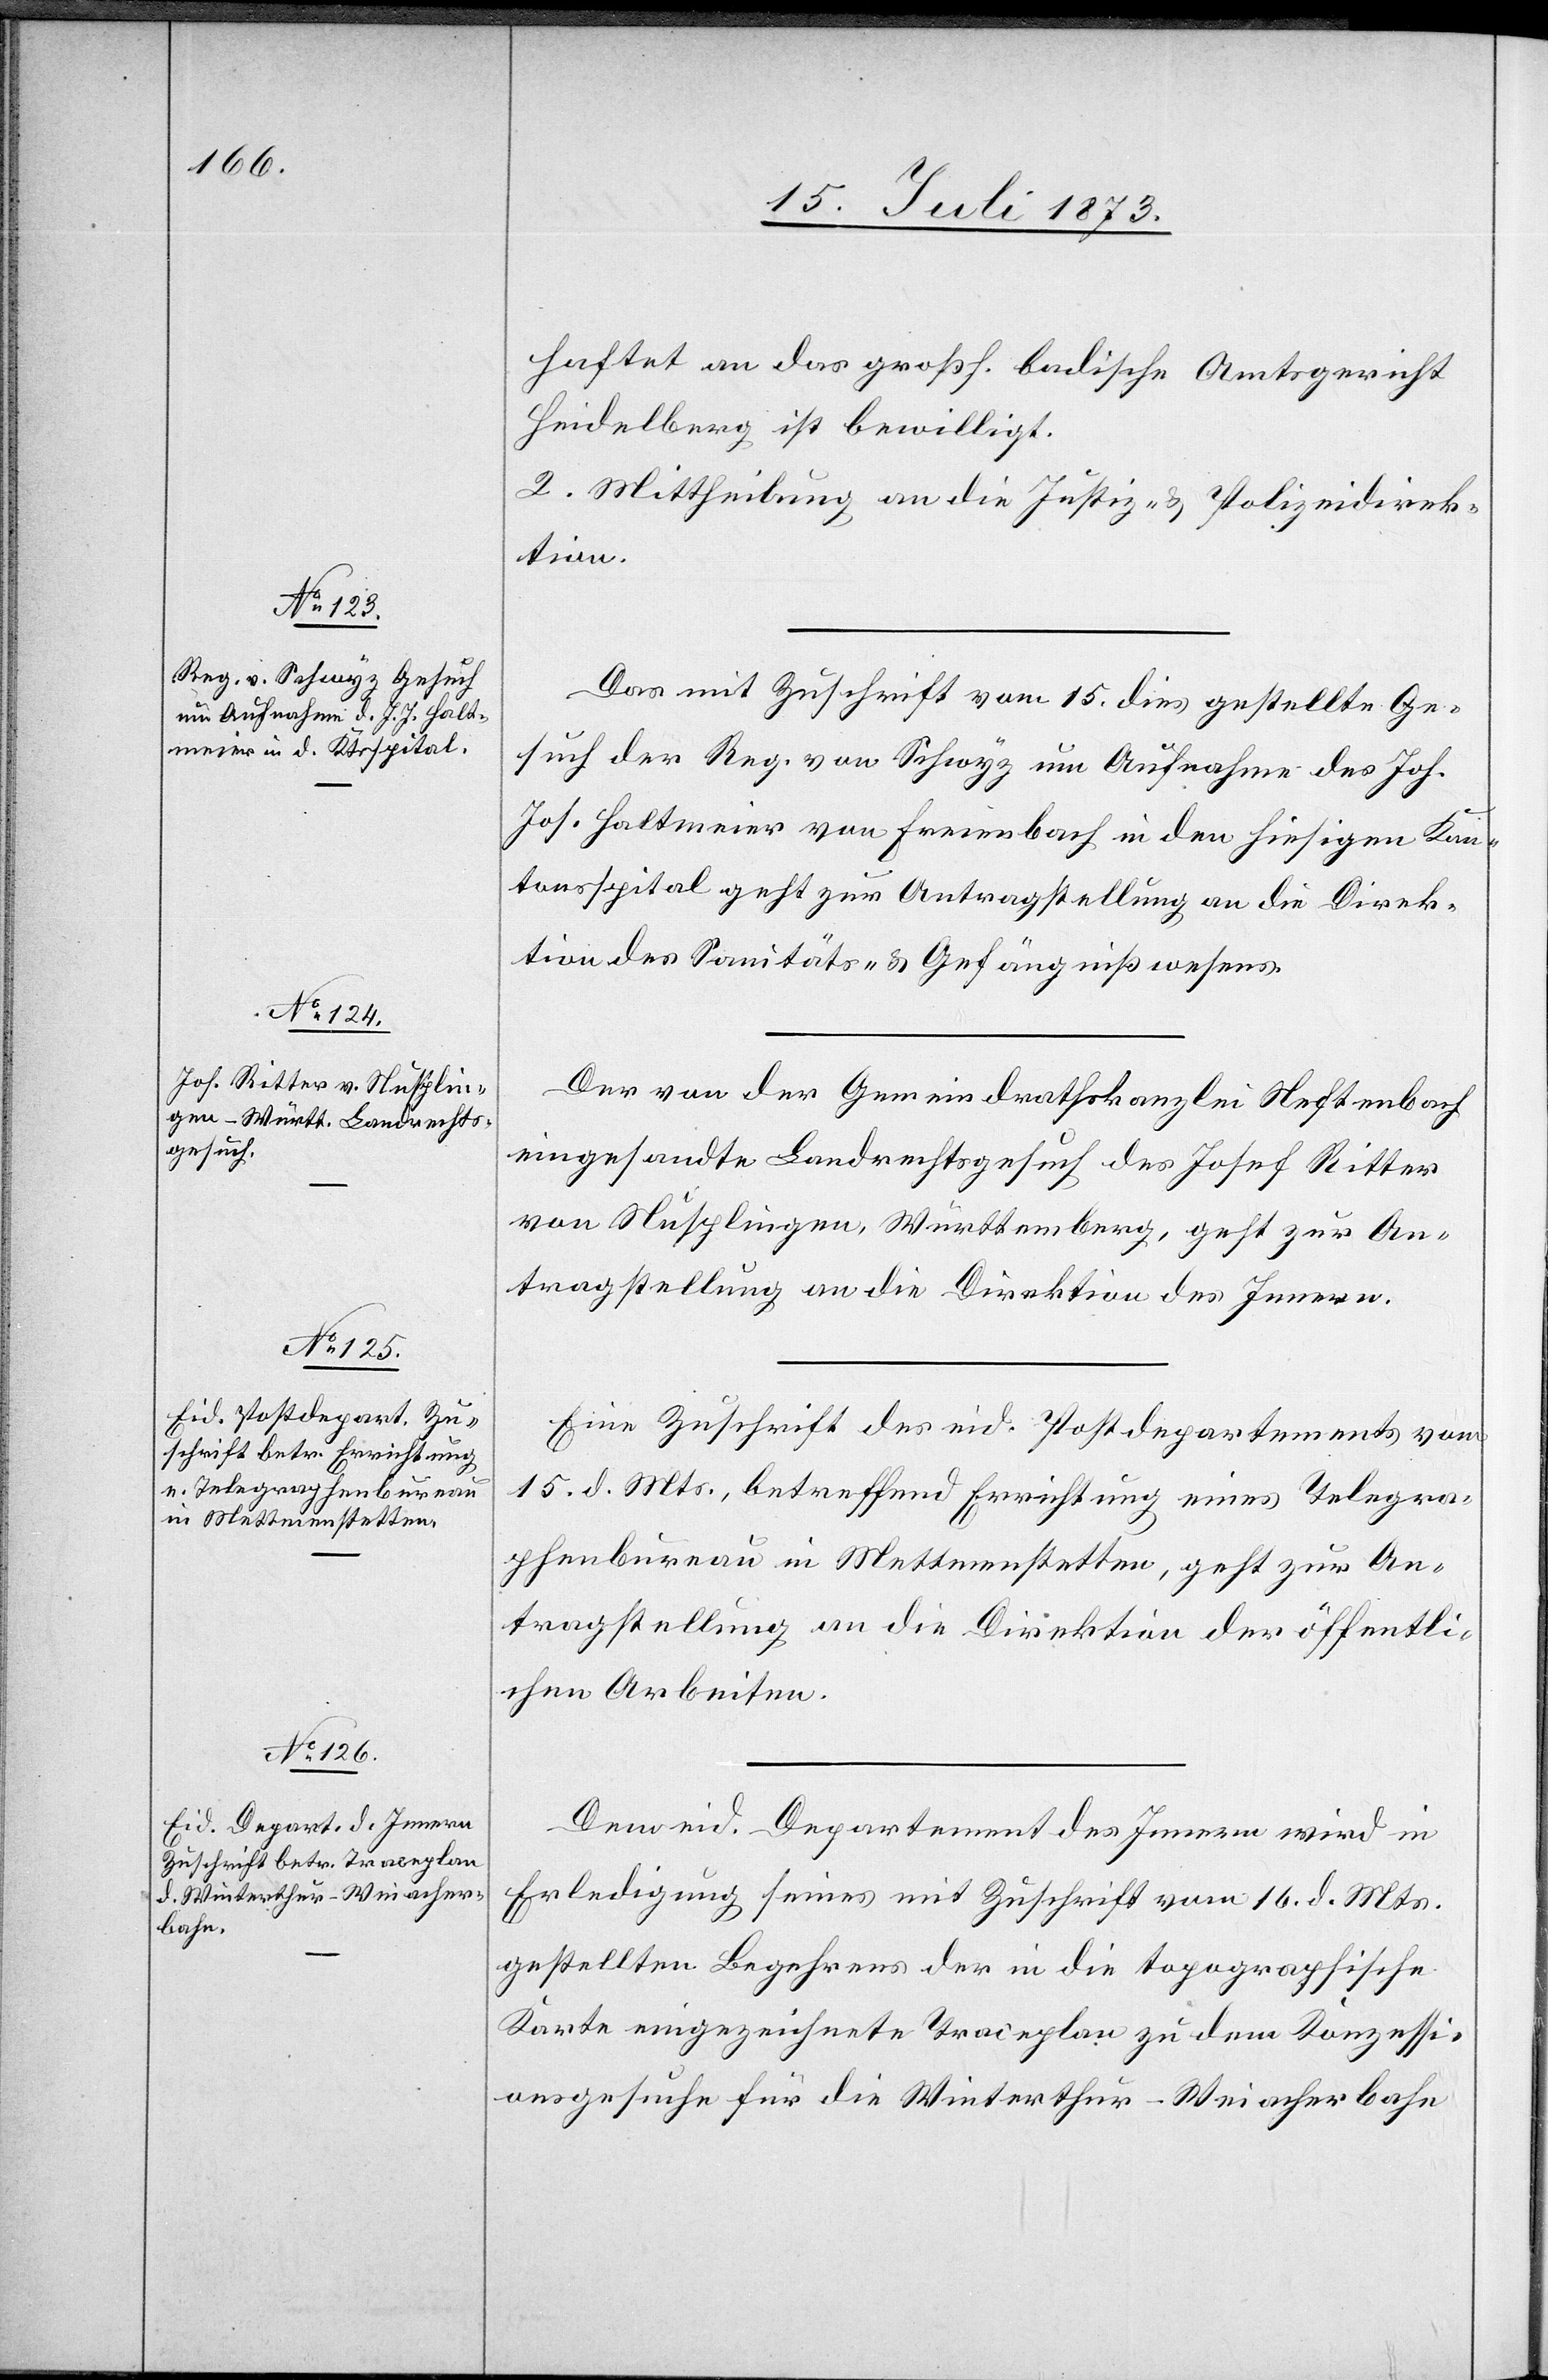
18. Juli 1873.]
haftet an das großh. badische Amtsgericht
Heidelberg ist bewilligt.
2. Mittheilung an die Justiz- & Polizeidirek¬
tion.
Das mit Zuschrift vom 15. dies gestellte Ge¬
such der Reg. von Schwyz um Aufnahme des Joh.
Jos. Haltmeier von Freienbach in den hiesigen Kan¬
tonsspital geht zur Antragstellung an die Direk¬
tion des Sanitäts- & Gefängnißwesens.
von der Gemeindrathskanzlei Neftenbach
eingesandte Landrechtsgesuch des Josef Ritter
von Nusplingen, Württemberg, geht zur An¬
tragstellung an die Direktion des Innern.
Eine Zuschrift des eid. Postdepartements vom
15. d. Mts., betreffend Errichtung eines Telegra¬
phenbureau in Mettmenstetten, geht zur An¬
tragstellung an die Direktion der öffentli¬
chen Arbeiten.
Dem eid. Departement des Innern wird in
Erledigung seines mit Zuschrift vom 16. d. Mts.
gestellten Begehrens der in die topographische
Karte eingezeichnete Traceplan zu dem Konzessi¬
onsgesuche für die Winterthur-Weiacherbahn